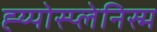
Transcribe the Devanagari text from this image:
ह्य्पोस्प्लेनिस्म